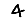
Digit: 4